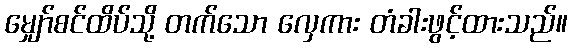
မျှော်စင်ထိပ်သို့ တက်သော လှေကား တံခါးဖွင့်ထားသည်။